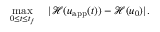
\operatorname* { m a x } _ { 0 \le t \le t _ { f } } \quad | \mathcal { H } ( u _ { \mathrm { a p p } } ( t ) ) - \mathcal { H } ( u _ { 0 } ) | .